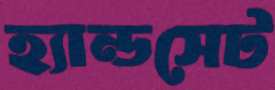
হ্যান্ডসেট